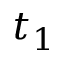
t _ { 1 }